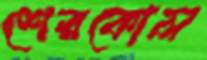
শেরকোল